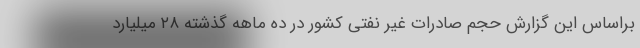
براساس این گزارش حجم صادرات غیر نفتی کشور در ده ماهه گذشته ۲۸ میلیارد